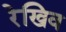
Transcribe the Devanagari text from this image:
रेखिव